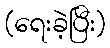
(ရေးခဲ့ပြီး)